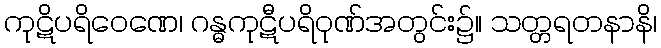
ကုဋိပရိဝေဏေ၊ ဂန္ဓကုဋီပရိဝုဏ်အတွင်း၌။ သတ္တရတနာနိ၊